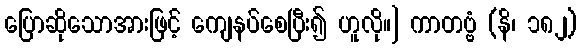
ပြောဆိုသောအားဖြင့် ကျေနပ်စေပြီး၍ ဟူလို။] ကာတဗ္ဗံ (နိ၊ ၁၈၂)